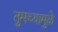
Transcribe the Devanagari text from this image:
तुमच्यामुळे